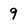
Character: 9